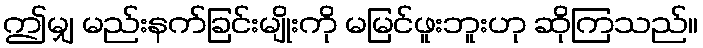
ဤမျှ မည်းနက်ခြင်းမျိုးကို မမြင်ဖူးဘူးဟု ဆိုကြသည်။